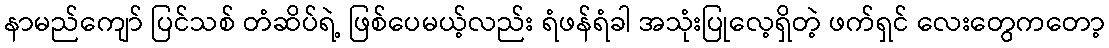
နာမည်ကျော် ပြင်သစ် တံဆိပ်ရဲ့ ဖြစ်ပေမယ့်လည်း ရံဖန်ရံခါ အသုံးပြုလေ့ရှိတဲ့ ဖက်ရှင် လေးတွေကတော့